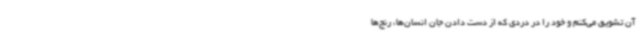
آن تشویق می‌کنم و خود را در دردی که از دست دادن جان انسان‌ها، رنج‌ها